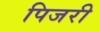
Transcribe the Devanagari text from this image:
पिजरी